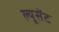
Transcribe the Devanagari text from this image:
ल्यूसेंट